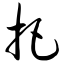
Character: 把